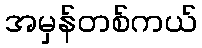
အမှန်တစ်ကယ်